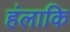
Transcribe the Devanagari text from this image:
हंलाकि